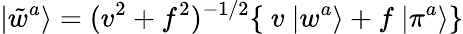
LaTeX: |\tilde{w}^{a}\rangle=(v^{2}+f^{2})^{-1/2}\{ ~v~|w^{a}\rangle+f~|\pi^{a}\rangle\}